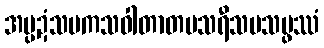
အပ္ပဍံသမကသဝါတာတပသရီသပသမ္ဖဿံ